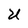
Character: U